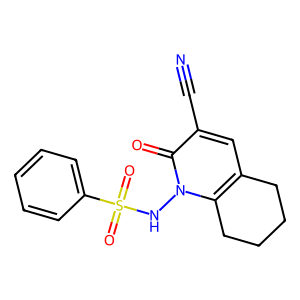
SMILES: N#Cc1cc2c(n(NS(=O)(=O)c3ccccc3)c1=O)CCCC2
Inhibits HIV replication: No